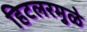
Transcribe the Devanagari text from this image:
हिटलरमुळे